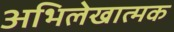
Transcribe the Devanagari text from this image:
अभिलेखात्मक